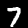
Label: 7